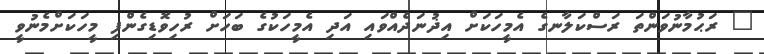
" ރަޙުމާނުވަންތަ ރަސްކަލާނގެ އެމީހަކަށް އިޛުނަދެއްވައި އަދި އެމީހަކުގެ ބަހަށް ރުހިވޮޑިގެންފި މީހަކަށްމެނުވީ